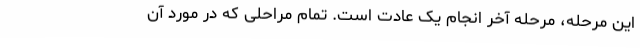
این مرحله، مرحله آخر انجام یک عادت است. تمام مراحلی که در مورد آن